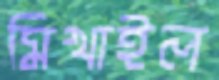
মিখাইল